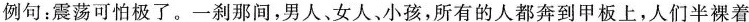
例句：震荡可怕极了。一刹那间，男人、女人，小孩，所有的人都奔到甲板上，人们半裸着